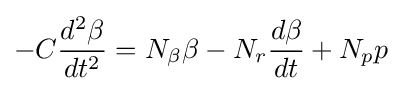
-C{\frac {d^{2}\beta }{dt^{2}}}=N_{\beta }\beta -N_{r}{\frac {d\beta }{dt}}+N_{p}p